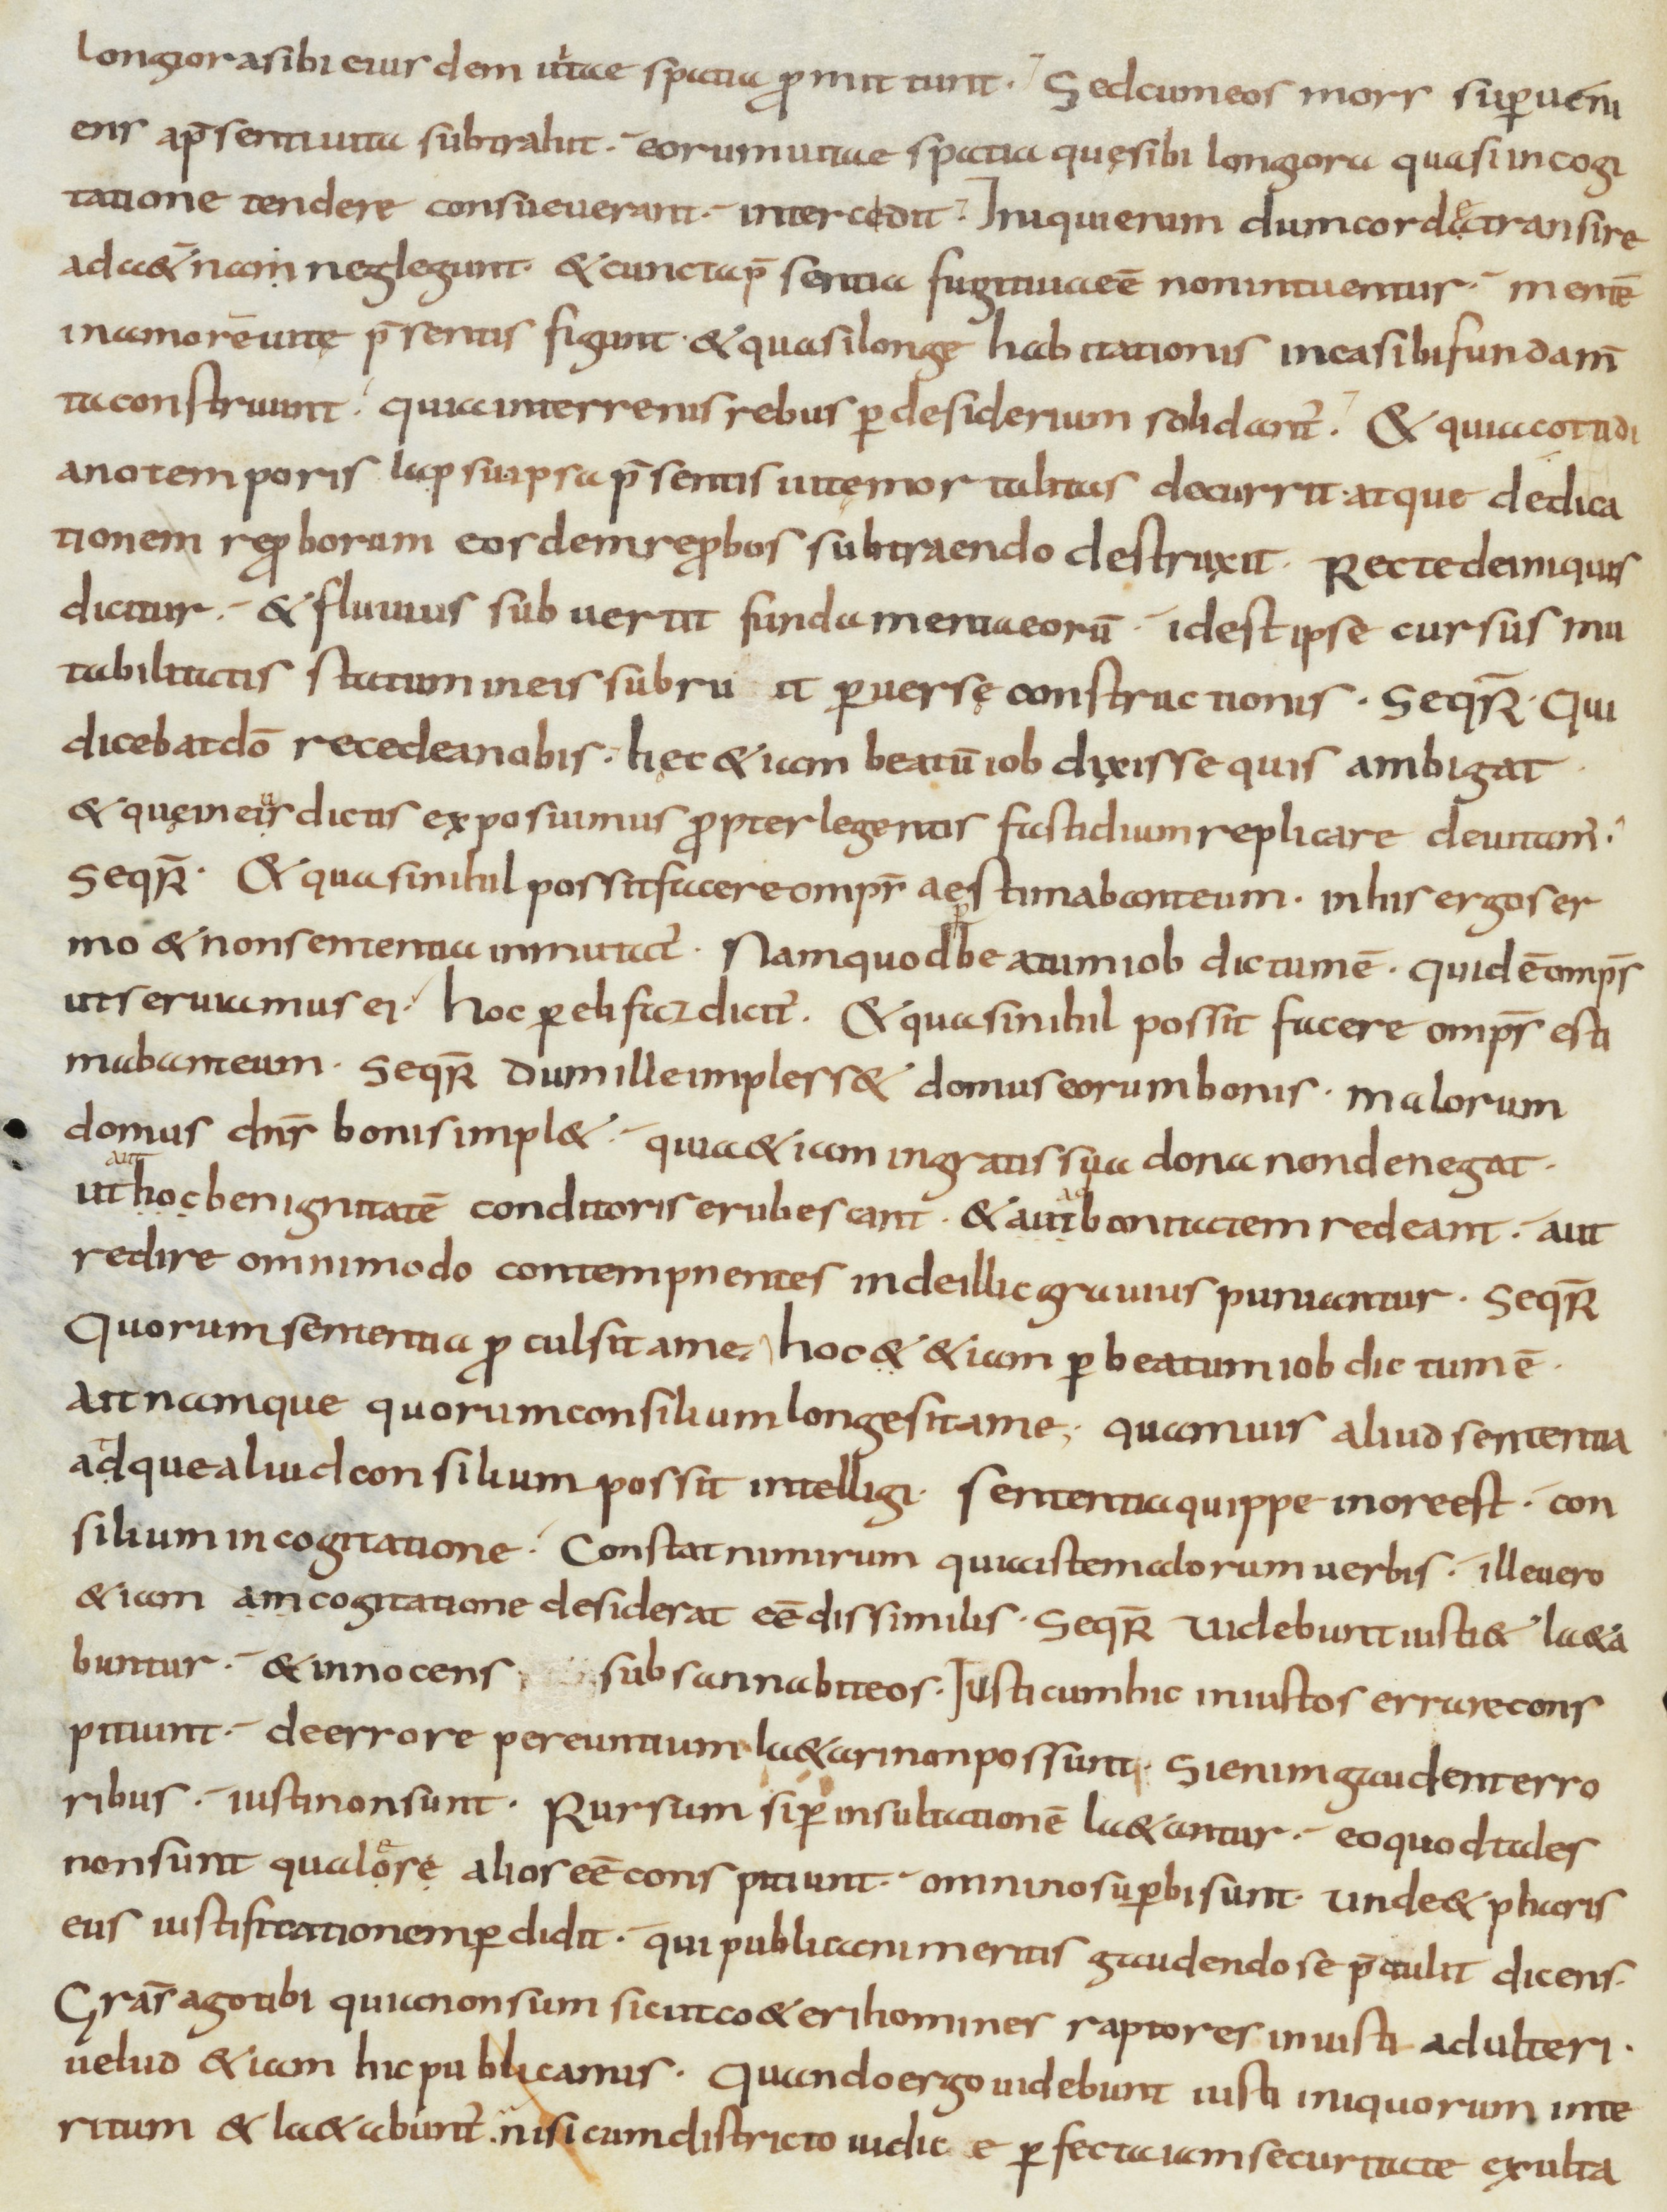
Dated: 900–999